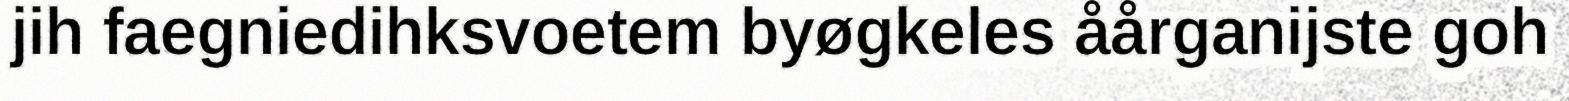
jih faegniedihksvoetem byøgkeles åårganijste goh